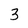
Character: 3